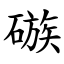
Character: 䃚